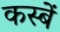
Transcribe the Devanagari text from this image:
कस्‍बें